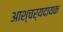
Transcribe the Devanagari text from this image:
आश्चर्यदायक